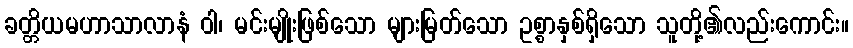
ခတ္တိယမဟာသာလာနံ ဝါ၊ မင်းမျိုးဖြစ်သော များမြတ်သော ဥစ္စာနှစ်ရှိသော သူတို့၏လည်းကောင်း။